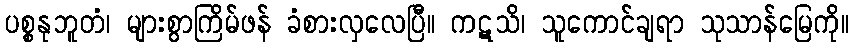
ပစ္စနုဘူတံ၊ များစွာကြိမ်ဖန် ခံစားလှလေပြီ။ ကဋသိ၊ သူကောင်ချရာ သုသာန်မြေကို။